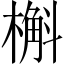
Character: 槲